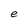
Character: e